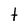
Character: t